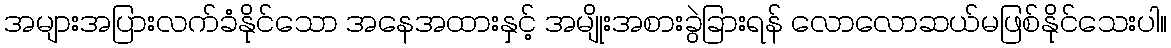
အများအပြားလက်ခံနိုင်သော အနေအထားနှင့် အမျိုးအစားခွဲခြားရန် လောလောဆယ်မဖြစ်နိုင်သေးပါ။